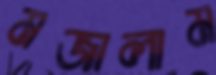
মজালাম